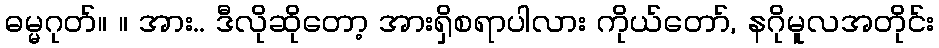
ဓမ္မဂုတ်။ ။ အား.. ဒီလိုဆိုတော့ အားရှိစရာပါလား ကိုယ်တော်, နဂိုမူလအတိုင်း